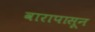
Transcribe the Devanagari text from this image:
वारापासून